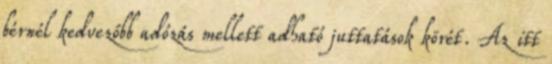
bérnél kedvezőbb adózás mellett adható juttatások körét. Az itt